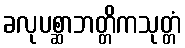
ခလုပစ္ဆာဘတ္တိကသုတ္တံ